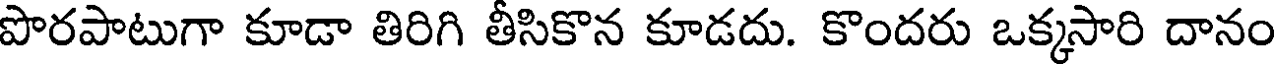
పొరపాటుగా కూడా తిరిగి తీసికొన కూడదు. కొందరు ఒక్కసారి దానం